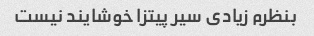
بنظرم زیادی سیر پیتزا خوشایند نیست